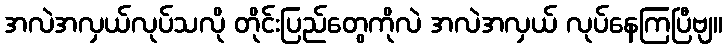
အလဲအလှယ်လုပ်သလို တိုင်းပြည်တွေကိုလဲ အလဲအလှယ် လုပ်နေကြပြီဗျ။